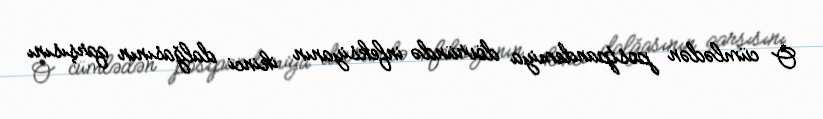
O cümlədən postpandemiya dövründə infeksiyanın ikinci dalğasının qarşısını